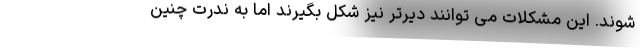
شوند. این مشکلات می توانند دیرتر نیز شکل بگیرند اما به ندرت چنین